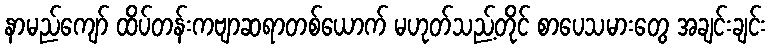
နာမည်ကျော် ထိပ်တန်းကဗျာဆရာတစ်ယောက် မဟုတ်သည့်တိုင် စာပေသမားတွေ အချင်းချင်း